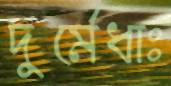
দুর্মেধাঃ